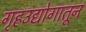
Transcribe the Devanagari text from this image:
गृहउद्योगातून